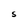
Character: S